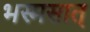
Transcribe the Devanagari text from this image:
भस्मसात्‌